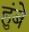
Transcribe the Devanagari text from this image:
हुंबे